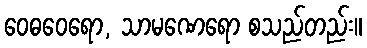
ဝေဓဝေရော, သာမဏေရော စသည်တည်း။